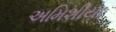
અમિશીયા